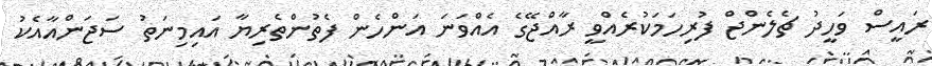
ރައީސް ވަހީދު ޗެލެންޖް ފުރިހަމަކުރެއްވީ ރާއްޖޭގެ އެއްވަނަ އަންހެން ފެތުންތެރިޔާ އައިމިނަތު ސަޖަންއާއެކު